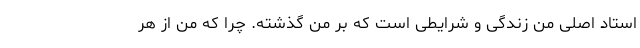
استاد اصلی من زندگی و شرایطی است که بر من گذشته. چرا که من از هر